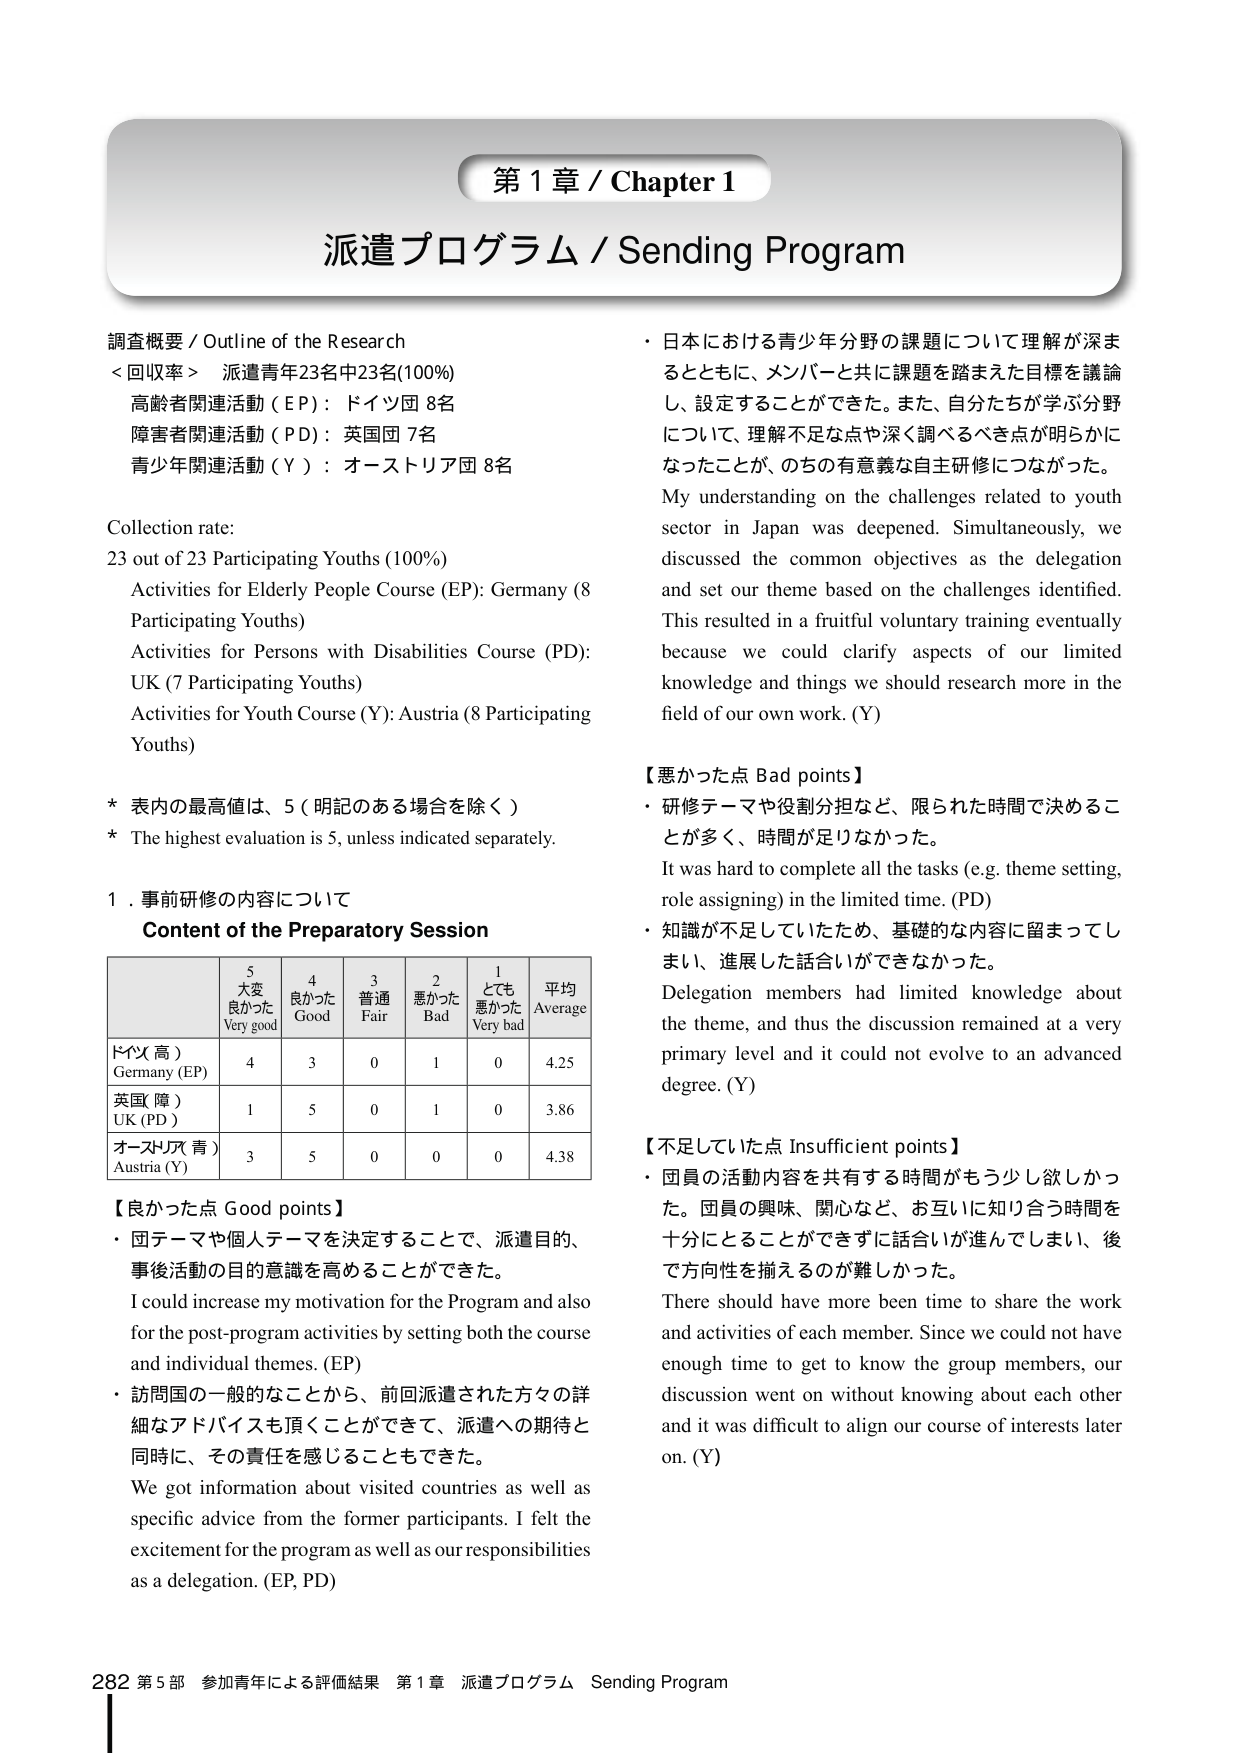
第１章 / Chapter 1
派遣プログラム / Sending Program

調査概要 / Outline of the Research
<回収率> 派遣青年23名中23名(100%)
高齢者関連活動（EP）：ドイツ国 8名
障害者関連活動（PD）：英国国 7名
青少年関連活動（Y）：オーストリア国 8名

Collection rate:
23 out of 23 Participating Youths (100%)
Activities for Elderly People Course (EP): Germany (8 Participating Youths)
Activities for Persons with Disabilities Course (PD): UK (7 Participating Youths)
Activities for Youth Course (Y): Austria (8 Participating Youths)

* 表内の最高値は、5（明記のある場合を除く）
* The highest evaluation is 5, unless indicated separately.

1．事前研修の内容について
Content of the Preparatory Session

| | 5 大変良かた Very good | 4 良かった Good | 3 普通 Fair | 2 悪かった Bad | 1 とても悪かった Very bad | 平均 Average |
|---|---|---|---|---|---|---|
| ドイツ（高） Germany (EP) | 4 | 3 | 0 | 1 | 0 | 4.25 |
| 英国（障） UK (PD) | 1 | 5 | 0 | 1 | 0 | 3.86 |
| オーストリア（青） Austria (Y) | 3 | 5 | 0 | 0 | 0 | 4.38 |

【良かった点 Good points】
・ 団テーマや個人テーマを決定することで、派遣目的、事後活動の目的意識を高めることができた。
I could increase my motivation for the Program and also for the post-program activities by setting both the course and individual themes. (EP)
・ 訪問国の一般的なことから、前回派遣された方々の詳細なアドバイスも頂くことができて、派遣への期待と同時に、その責任を感じることもできた。
We got information about visited countries as well as specific advice from the former participants. I felt the excitement for the program as well as our responsibilities as a delegation. (EP, PD)

・ 日本における青少年分野の課題について理解が深まるとともに、メンバーと共に課題を踏まえた目標を議論し、設定することができた。また、自分たちが学ぶ分野について、理解不足な点や深く調べるべき点が明らかになったことが、のちの有意義な自主研修につながった。
My understanding on the challenges related to youth sector in Japan was deepened. Simultaneously, we discussed the common objectives as the delegation and set our theme based on the challenges identified. This resulted in a fruitful voluntary training eventually because we could clarify aspects of our limited knowledge and things we should research more in the field of our own work. (Y)

【悪かった点 Bad points】
・ 研修テーマや役割分担など、限られた時間で決めることが多く、時間が足りなかった。
It was hard to complete all the tasks (e.g. theme setting, role assigning) in the limited time. (PD)
・ 知識が不足していたため、基礎的な内容に留まってしまい、進展した話合いができなかった。
Delegation members had limited knowledge about the theme, and thus the discussion remained at a very primary level and it could not evolve to an advanced degree. (Y)

【不足していた点 Insufficient points】
・ 団員の活動内容を共有する時間ももう少し欲しかった。団員の興味、関心など、お互いに知り合う時間を十分にとることができずに話合いが進んでしまい、後で方向性を揃えるのが難しかった。
There should have been more time to share the work and activities of each member. Since we could not have enough time to get to know the group members, our discussion went on without knowing about each other and it was difficult to align our course of interests later on. (Y)

282 第5部 参加青年による評価結果 第1章 派遣プログラム Sending Program